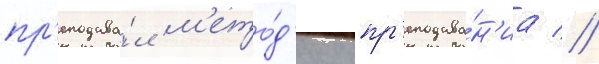
пр'еподава́л м'ето́д'ику пр'еподава́н'иа //